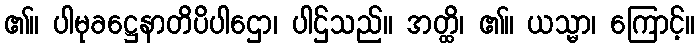
၏။ ပါမုခဋ္ဌေနာတိပိပါဌော၊ ပါဌ်သည်။ အတ္ထိ၊ ၏။ ယသ္မာ၊ ကြောင့်။